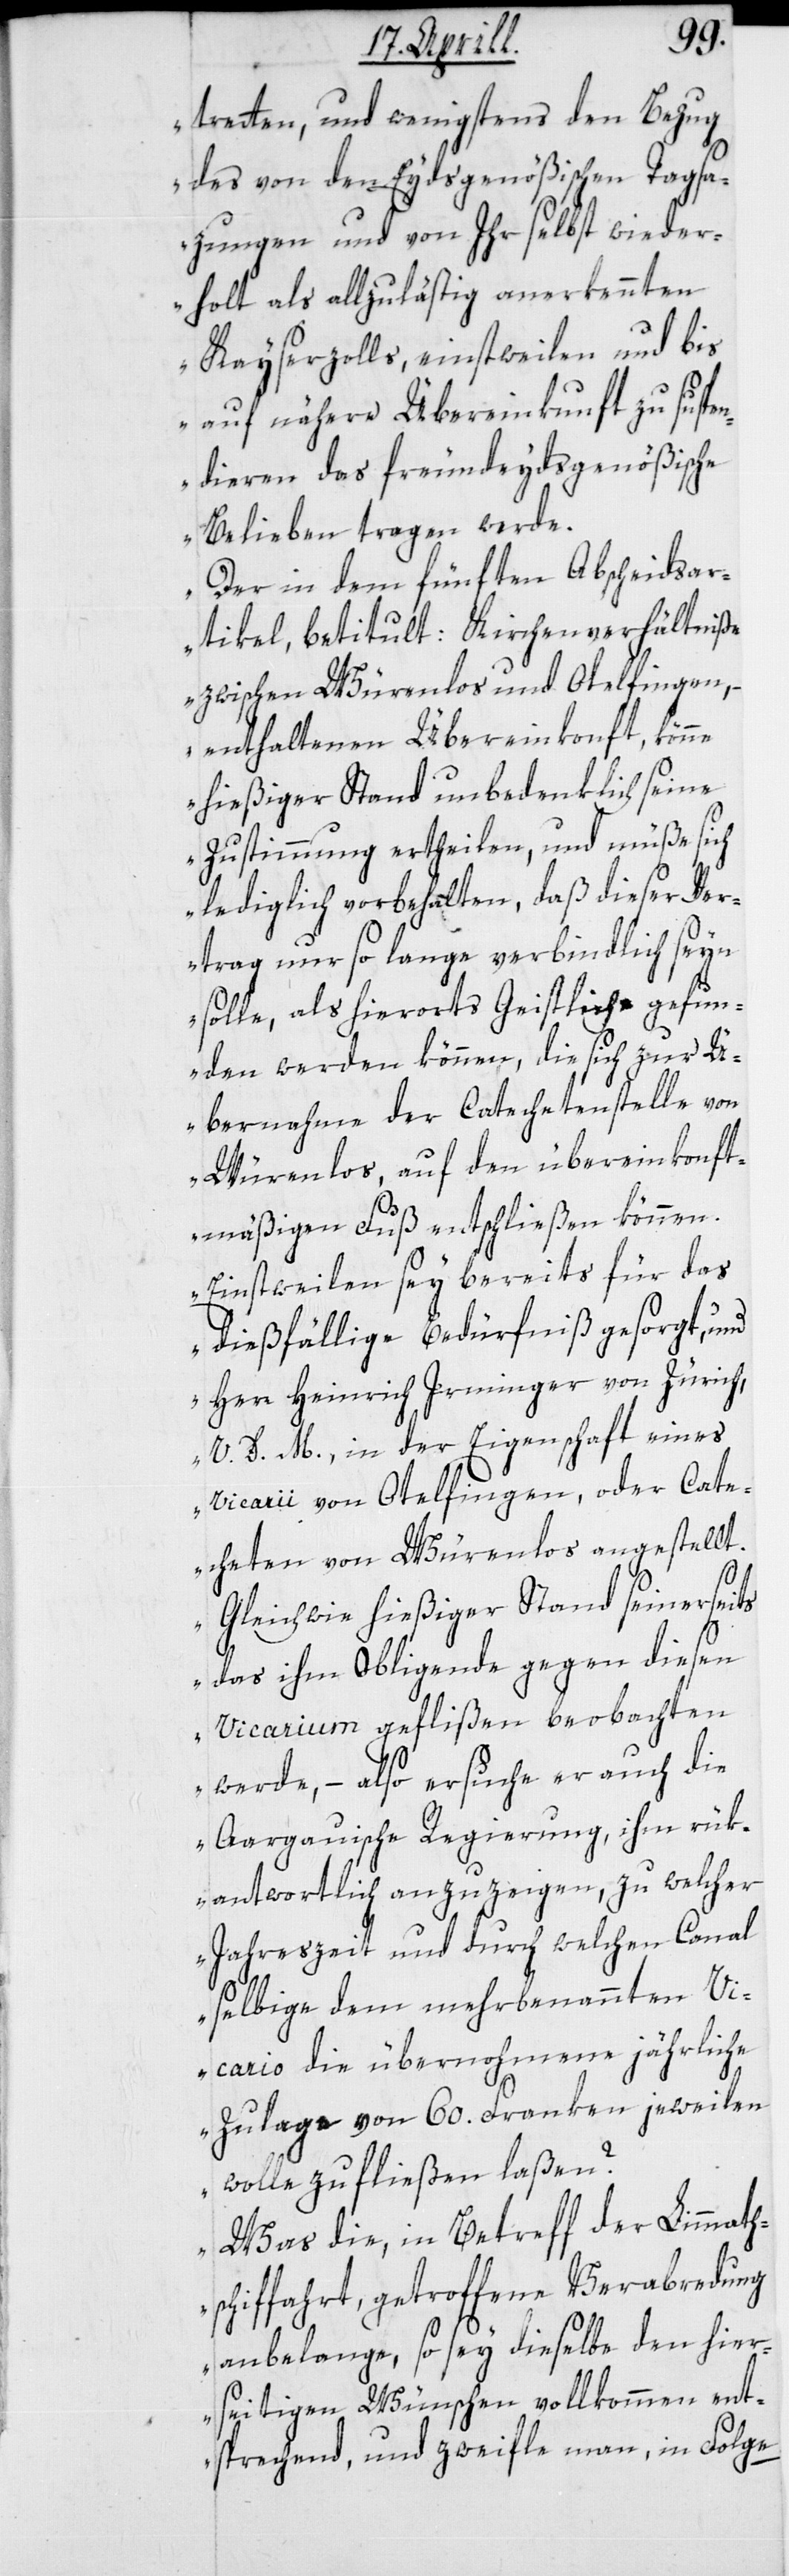
treten, und wenigstens den Bezug
des von den Eydsgenößischen Tagsa¬
zungen und von Ihr selbst wieder¬
holt als allzulästig anerkennten
Kayserzolls, einstweilen und bis
auf nähere Übereinkunft zu suspe¬
ndieren das freundeydsgenößische
Belieben tragen werde.
Der in dem fünften Abscheidsar¬
tikel betitult: Kirchenverhältniße
zwischen Würenlos und Otelfingen,
– enthaltenen Übereinkonft, könne
hießiger Stand unbedenklich seine
Zustimmung ertheilen, und müße sich
lediglich vorbehalten, daß dieser Ve¬
rtrag nur so lange verbindlich seyn
solle, als hierorts Geistliche gefun¬
den werden können, die sich zur Ü¬
bernahme der Catechetenstelle von
Würenlos, auf den übereinkonft¬
smäßigen Fuß entschließen können.
Einstweilen sey bereits für das
dießfällige Bedürfniß gesorgt, und
Herr Heinrich Irminger von Zürich,
V. D. M., in der Eigenschaft eines
Vicarii von Otelfingen, oder Cate¬
cheten von Würenlos angestellt.
Gleichwie hießiger Stand seinerseits
das ihm Obliegende gegen diesen
Vicarium geflißen beobachten
werde, – also ersuche er auch die
Aargauische Regierung, ihm rük¬
antwortlich anzuzeigen, zu welcher
Jahreszeit und durch welchen Canal
selbige dem mehrbenannten Vi¬
cario die übernohmene jährliche
Zulage von 60. Franken jeweilen
wolle zufließen laßen?
Was die, in Betreff der Limmath¬
schiffahrt getroffene Verabredung
anbelange, so sey dieselbe den hier¬
seitigen Wünschen vollkommen ent¬
sprechend, und zweifle man, in Folge